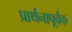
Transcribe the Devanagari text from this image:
प्रार्थनापूर्वक